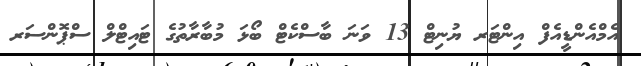
އެމްއެންޑީއެފް އިންޓަރ ޔުނިޓް 13 ވަނަ ބާސްކެޓް ބޯޅަ މުބާރާތުގެ ޓައިޓްލް ސްޕޮންސަރ